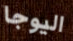
اليوجا